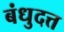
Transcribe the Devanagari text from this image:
बंधुदत्त